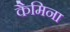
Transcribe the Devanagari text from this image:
कैमिना